Leaving Certificate, 1901
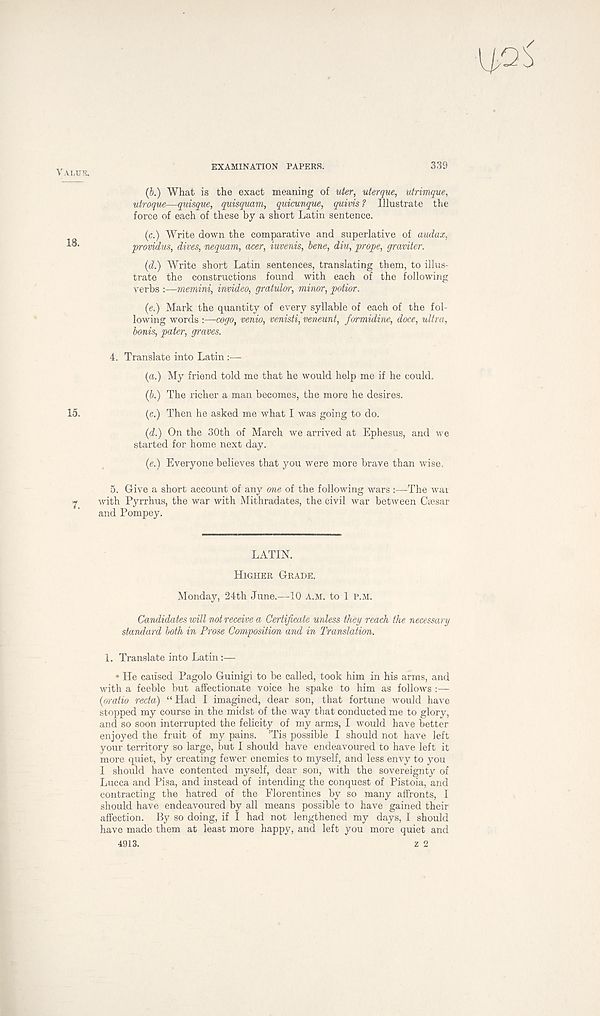
339
VALUE.
18.
15.
EXAMINATION PAPERS.
(b.) What is the exact meaning of uter, uterque, utrimque,
utroque—quisque, quisquam, quicunque, quivis ? Illustrate the
force of each of these by a short Latin sentence.
(c.) Write down the comparative and superlative of audax,
■promdus, dives, nequam, acer, iuvenis, bene, diu, prope, graviter.
(d.) Write short Latin sentences, translating them, to illus-
trate the constructions found with each of the following
verbs :—mernini, invideo, gratulor, minor, potior.
(e.) Mark the quantity of every syllable of each of the fol-
lowing words :—cogo, venio, venisti, veneunt, formidine, doce, ultra,
bonis, pater, graves.
4. Translate into Latin :—
{a.) My friend told me that he would help me if he could.
(6.) The richer a man becomes, the more he desires.
(c.) Then he asked me what I was going to do.
(d.) On the 30th of March we arrived at Ephesus, and we
started for home next day.
(e.) Everyone believes that you were more brave than wise.
5. Give a short account of any one of the following wars :—The war
with Pyrrhus, the war with Mithradates, the civil war between Caesar
and Pompey.
LATIN.
HIGHER GRADE,
Monday, 24th June.—10 A.M. to 1 P.M.
Candidates will not receive a Certificate unless they reach the necessary
standard both in Prose Composition and in Translation.
1. Translate into Latin:—
• He caused Pagolo Guinigi to be called, took him in his arms, and
with a feeble but affectionate voice he spake to him as follows :—
(aratio recta) “ Had I imagined, dear son, that fortune would have
stopped my course in the midst of the way that conducted me to glory,
and so soon interrupted the felicity of my arms, I would have better
enjoyed the fruit of my pains. Tis possible I should not have left
your territory so large, but I should have endeavoured to have left it
more quiet, by creating fewer enemies to myself, and less envy to you
I should have contented myself, dear son, with the sovereignty of
Lucca and Pisa, and instead of intending the conquest of Pistoia, and
contracting the hatred of the Florentines by so many affronts, I
should have endeavoured by all means possible to have gained their
affection. By so doing, if I had not lengthened my days, I should
have made them at least more happy, and left you more quiet and
4913.
z 2